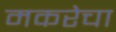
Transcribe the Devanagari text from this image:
मकरेचा